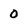
Character: 0